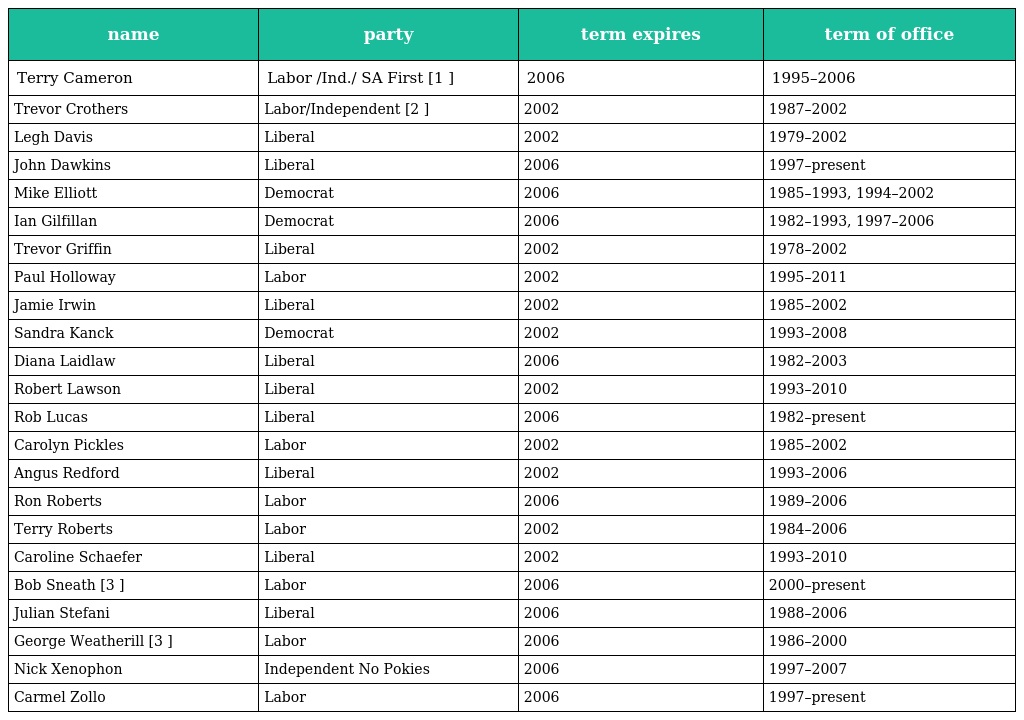
| name | party | term expires | term of office |
 | --- | --- | --- | --- |
 | Terry Cameron | Labor /Ind./ SA First [1 ] | 2006 | 1995–2006 |
 | Trevor Crothers | Labor/Independent [2 ] | 2002 | 1987–2002 |
 | Legh Davis | Liberal | 2002 | 1979–2002 |
 | John Dawkins | Liberal | 2006 | 1997–present |
 | Mike Elliott | Democrat | 2006 | 1985–1993, 1994–2002 |
 | Ian Gilfillan | Democrat | 2006 | 1982–1993, 1997–2006 |
 | Trevor Griffin | Liberal | 2002 | 1978–2002 |
 | Paul Holloway | Labor | 2002 | 1995–2011 |
 | Jamie Irwin | Liberal | 2002 | 1985–2002 |
 | Sandra Kanck | Democrat | 2002 | 1993–2008 |
 | Diana Laidlaw | Liberal | 2006 | 1982–2003 |
 | Robert Lawson | Liberal | 2002 | 1993–2010 |
 | Rob Lucas | Liberal | 2006 | 1982–present |
 | Carolyn Pickles | Labor | 2002 | 1985–2002 |
 | Angus Redford | Liberal | 2002 | 1993–2006 |
 | Ron Roberts | Labor | 2006 | 1989–2006 |
 | Terry Roberts | Labor | 2002 | 1984–2006 |
 | Caroline Schaefer | Liberal | 2002 | 1993–2010 |
 | Bob Sneath [3 ] | Labor | 2006 | 2000–present |
 | Julian Stefani | Liberal | 2006 | 1988–2006 |
 | George Weatherill [3 ] | Labor | 2006 | 1986–2000 |
 | Nick Xenophon | Independent No Pokies | 2006 | 1997–2007 |
 | Carmel Zollo | Labor | 2006 | 1997–present |